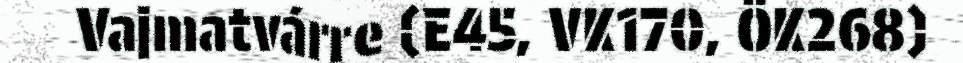
Vajmatvárre (E45, VK170, ÖK268)